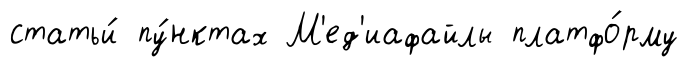
статьи́ пу́нктах М'ед'иафайлы платфо́рму